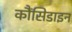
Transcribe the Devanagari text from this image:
कौंसिडाइन